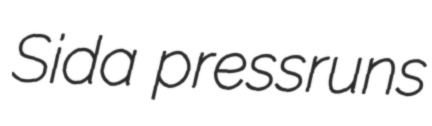
Sida pressruns